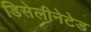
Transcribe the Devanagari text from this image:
डिसेलीनेटेड